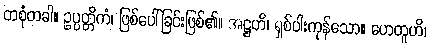
တစုံတခါ။ ဥပ္ပတ္တိကံ၊ ဖြစ်ပေါ်ခြင်းဖြစ်၏။ အဋ္ဌဟိ၊ ရှစ်ပါးကုန်သော။ ဟေတူဟိ၊